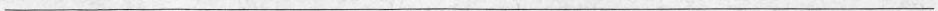
___